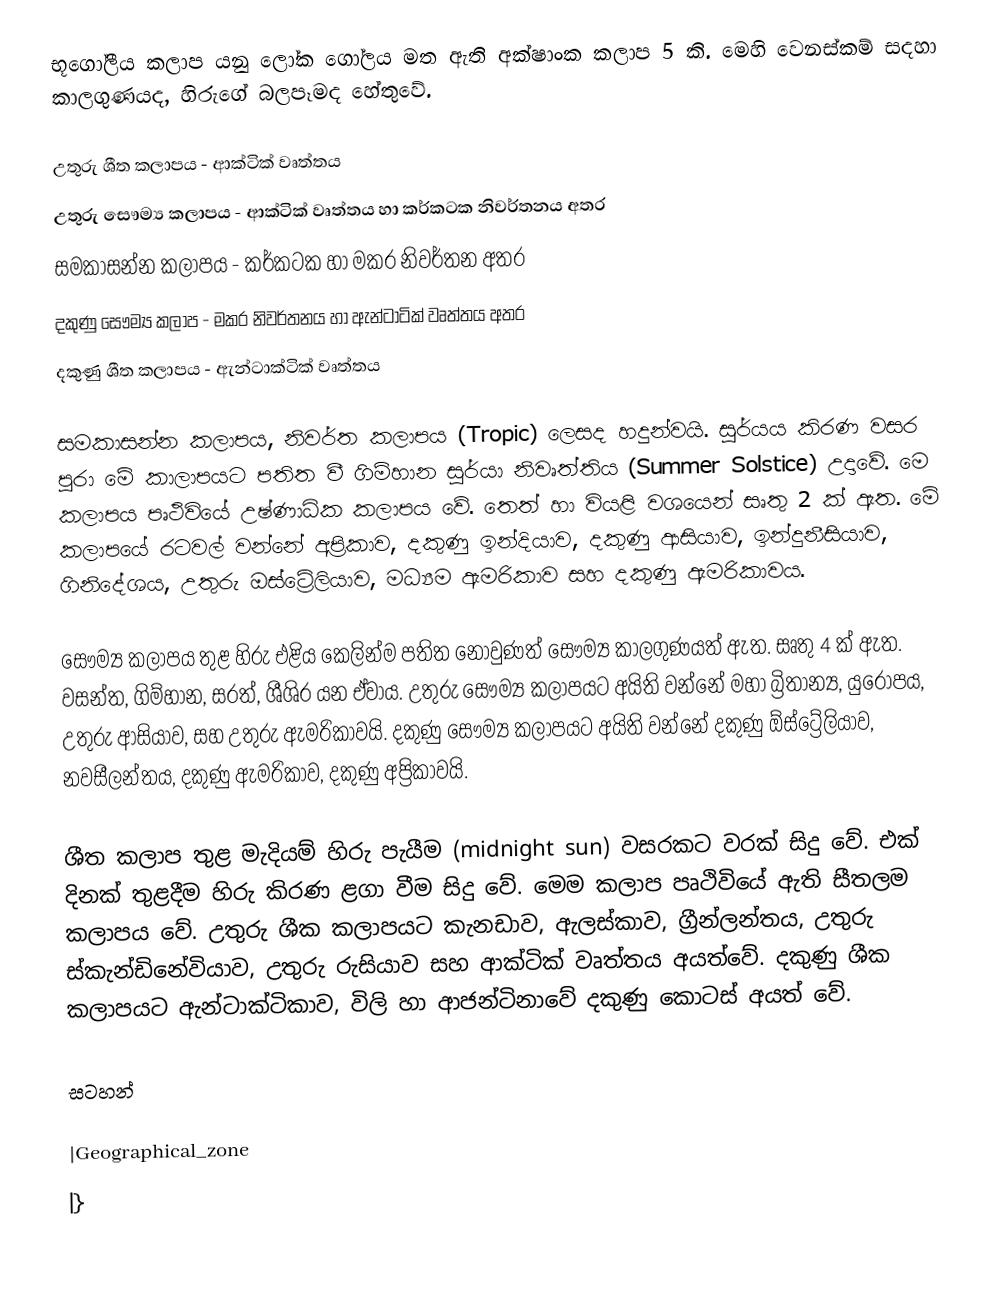
භූගෝලීය කලාප යනු ලෝක ගෝලය මත ඇති අක්ෂාංක කලාප 5 කි. මෙහි වෙනස්කම් සදහා කාලගුණයද, හිරුගේ බලපෑමද හේතුවේ.

උතුරු ශීත කලාපය - ආක්ටික් වෘත්තය
උතුරු සෞම්‍ය කලාපය - ආක්ටික් වෘත්තය හා කර්කටක නිවර්තනය අතර
සමකාසන්න කලාපය - කර්කටක හා මකර නිවර්තන අතර
දකුණු සෞම්‍ය කලාප - මකර නිවර්තනය හා ඇන්ටාටික් වෘත්තය අතර
දකුණු ශීත කලාපය - ඇන්ටාක්ටික් වෘත්තය

සමකාසන්න කලාපය, නිවර්ත කලාපය (Tropic) ලෙසද හදුන්වයි. සුර්යය කිරණ වසර පුරා මේ කාලාපයට පතිත වී ගිම්හාන සුර්යා නිවෘත්තිය (Summer Solstice) උදාවේ. මෙ කලාපය පෘථිවියේ උෂ්ණාධික කලාපය වේ. තෙත් හා වියළි වශයෙන් සෘතු 2 ක් ඇත. මේ කලාපයේ රටවල් වන්නේ අප්‍රිකාව, දකුණු ඉන්දියාව, දකුණු ආසියාව, ඉන්දුනීසියාව, ගිනිදේශය, උතුරු ඔස්ට්‍රේලියාව, මධ්‍යම ඇමරිකාව සහ දකුණු ඇම‍රිකාවය.

සෞම්‍ය කලාපය තුළ හිරු එළිය කෙලින්ම පතිත නොවුණත් සෞම්‍ය කාලගුණයත් ඇත. සෘතු 4 ක් ඇත. වසන්ත, ගිම්හාන, සරත්, ශීශිර යන ඒවාය. උතුරු සෞම්‍ය කලාපයට අයිති වන්නේ මහා බ්‍රිතාන්‍ය, යුරෝපය, උතුරු ආසියාව, සහ උතුරු ඇමරිකාවයි. දකුණු සෞම්‍ය කලාපයට අයිති වන්නේ දකුණු ඕස්ට්‍රේලියාව, නවසීලන්තය, දකුණු ඇමරිකාව, දකුණු අප්‍රිකාවයි.

ශීත කලාප තුළ මැදියම් හිරු පැයීම (midnight sun) වසරකට වරක් සිදු වේ. එක් දිනක් තුළදීම හිරු කිරණ ළගා වීම සිදු වේ. මෙම කලාප පෘථිවියේ ඇති සීතලම කලාපය වේ. උතුරු ශීක කලාපයට කැනඩාව, ඇලස්කාව, ග්‍රීන්ලන්තය, උතුරු ස්කැන්ඩිනේවියාව, උතුරු රුසියාව සහ ආක්ටික් වෘත්තය අයත්වේ. දකුණු ශීක කලාපයට ඇන්ටාක්ටිකාව, විලි හා ආජන්ටිනාවේ දකුණු කොටස් අයත් වේ.

සටහන්

|Geographical_zone
|}